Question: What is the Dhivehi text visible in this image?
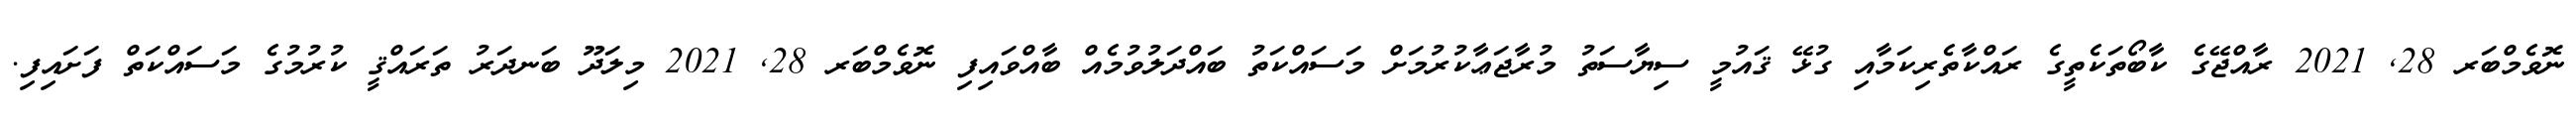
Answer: ނޮވެމްބަރ 28, 2021 ރާއްޖޭގެ ކާބޯތަކެތީގެ ރައްކާތެރިކަމާއި ގުޅޭ ޤައުމީ ސިޔާސަތު މުރާޖަޢާކުރުމަށް މަސައްކަތު ބައްދަލުވުމެއް ބާއްވައިފި ނޮވެމްބަރ 28, 2021 މިލަދޫ ބަނދަރު ތަރައްޤީ ކުރުމުގެ މަސައްކަތް ފަށައިފި.